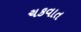
ચકવાત